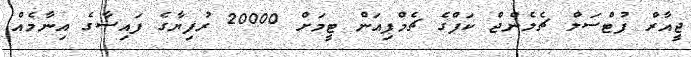
ޖީއާރް ފުޓްސަލް ޗެލެންޖް ކަޕްގެ ޗެމްޕިއަން ޓީމަށް 20000 ރުފިޔާގެ ފައިސާގެ އިނާމެއް